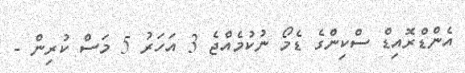
އެންޑްރޮއިޑް ސްކިންގެ ޑެމޯ ނުކުމެއްޖެ 3 އަހަރު 5 މަސް ކުރިން -